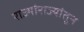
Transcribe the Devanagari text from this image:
राज्यांराज्यांतून